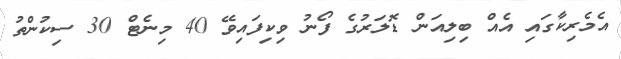
އެމެރިކާގައި އެއް ބިލިއަން ޑޮލަރުގެ ފޯނު ވިކިފައިވޭ 40 މިނެޓް 30 ސިކުންތު